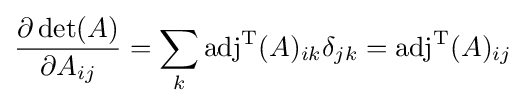
{\partial \det(A) \over \partial A_{ij}}=\sum _{k}\operatorname {adj} ^{\rm {T}}(A)_{ik}\delta _{jk}=\operatorname {adj} ^{\rm {T}}(A)_{ij}